NAE_ERA_R-2324_Eesti_Vabariigi_Pohiseaduslik_Assamblee, lk 95
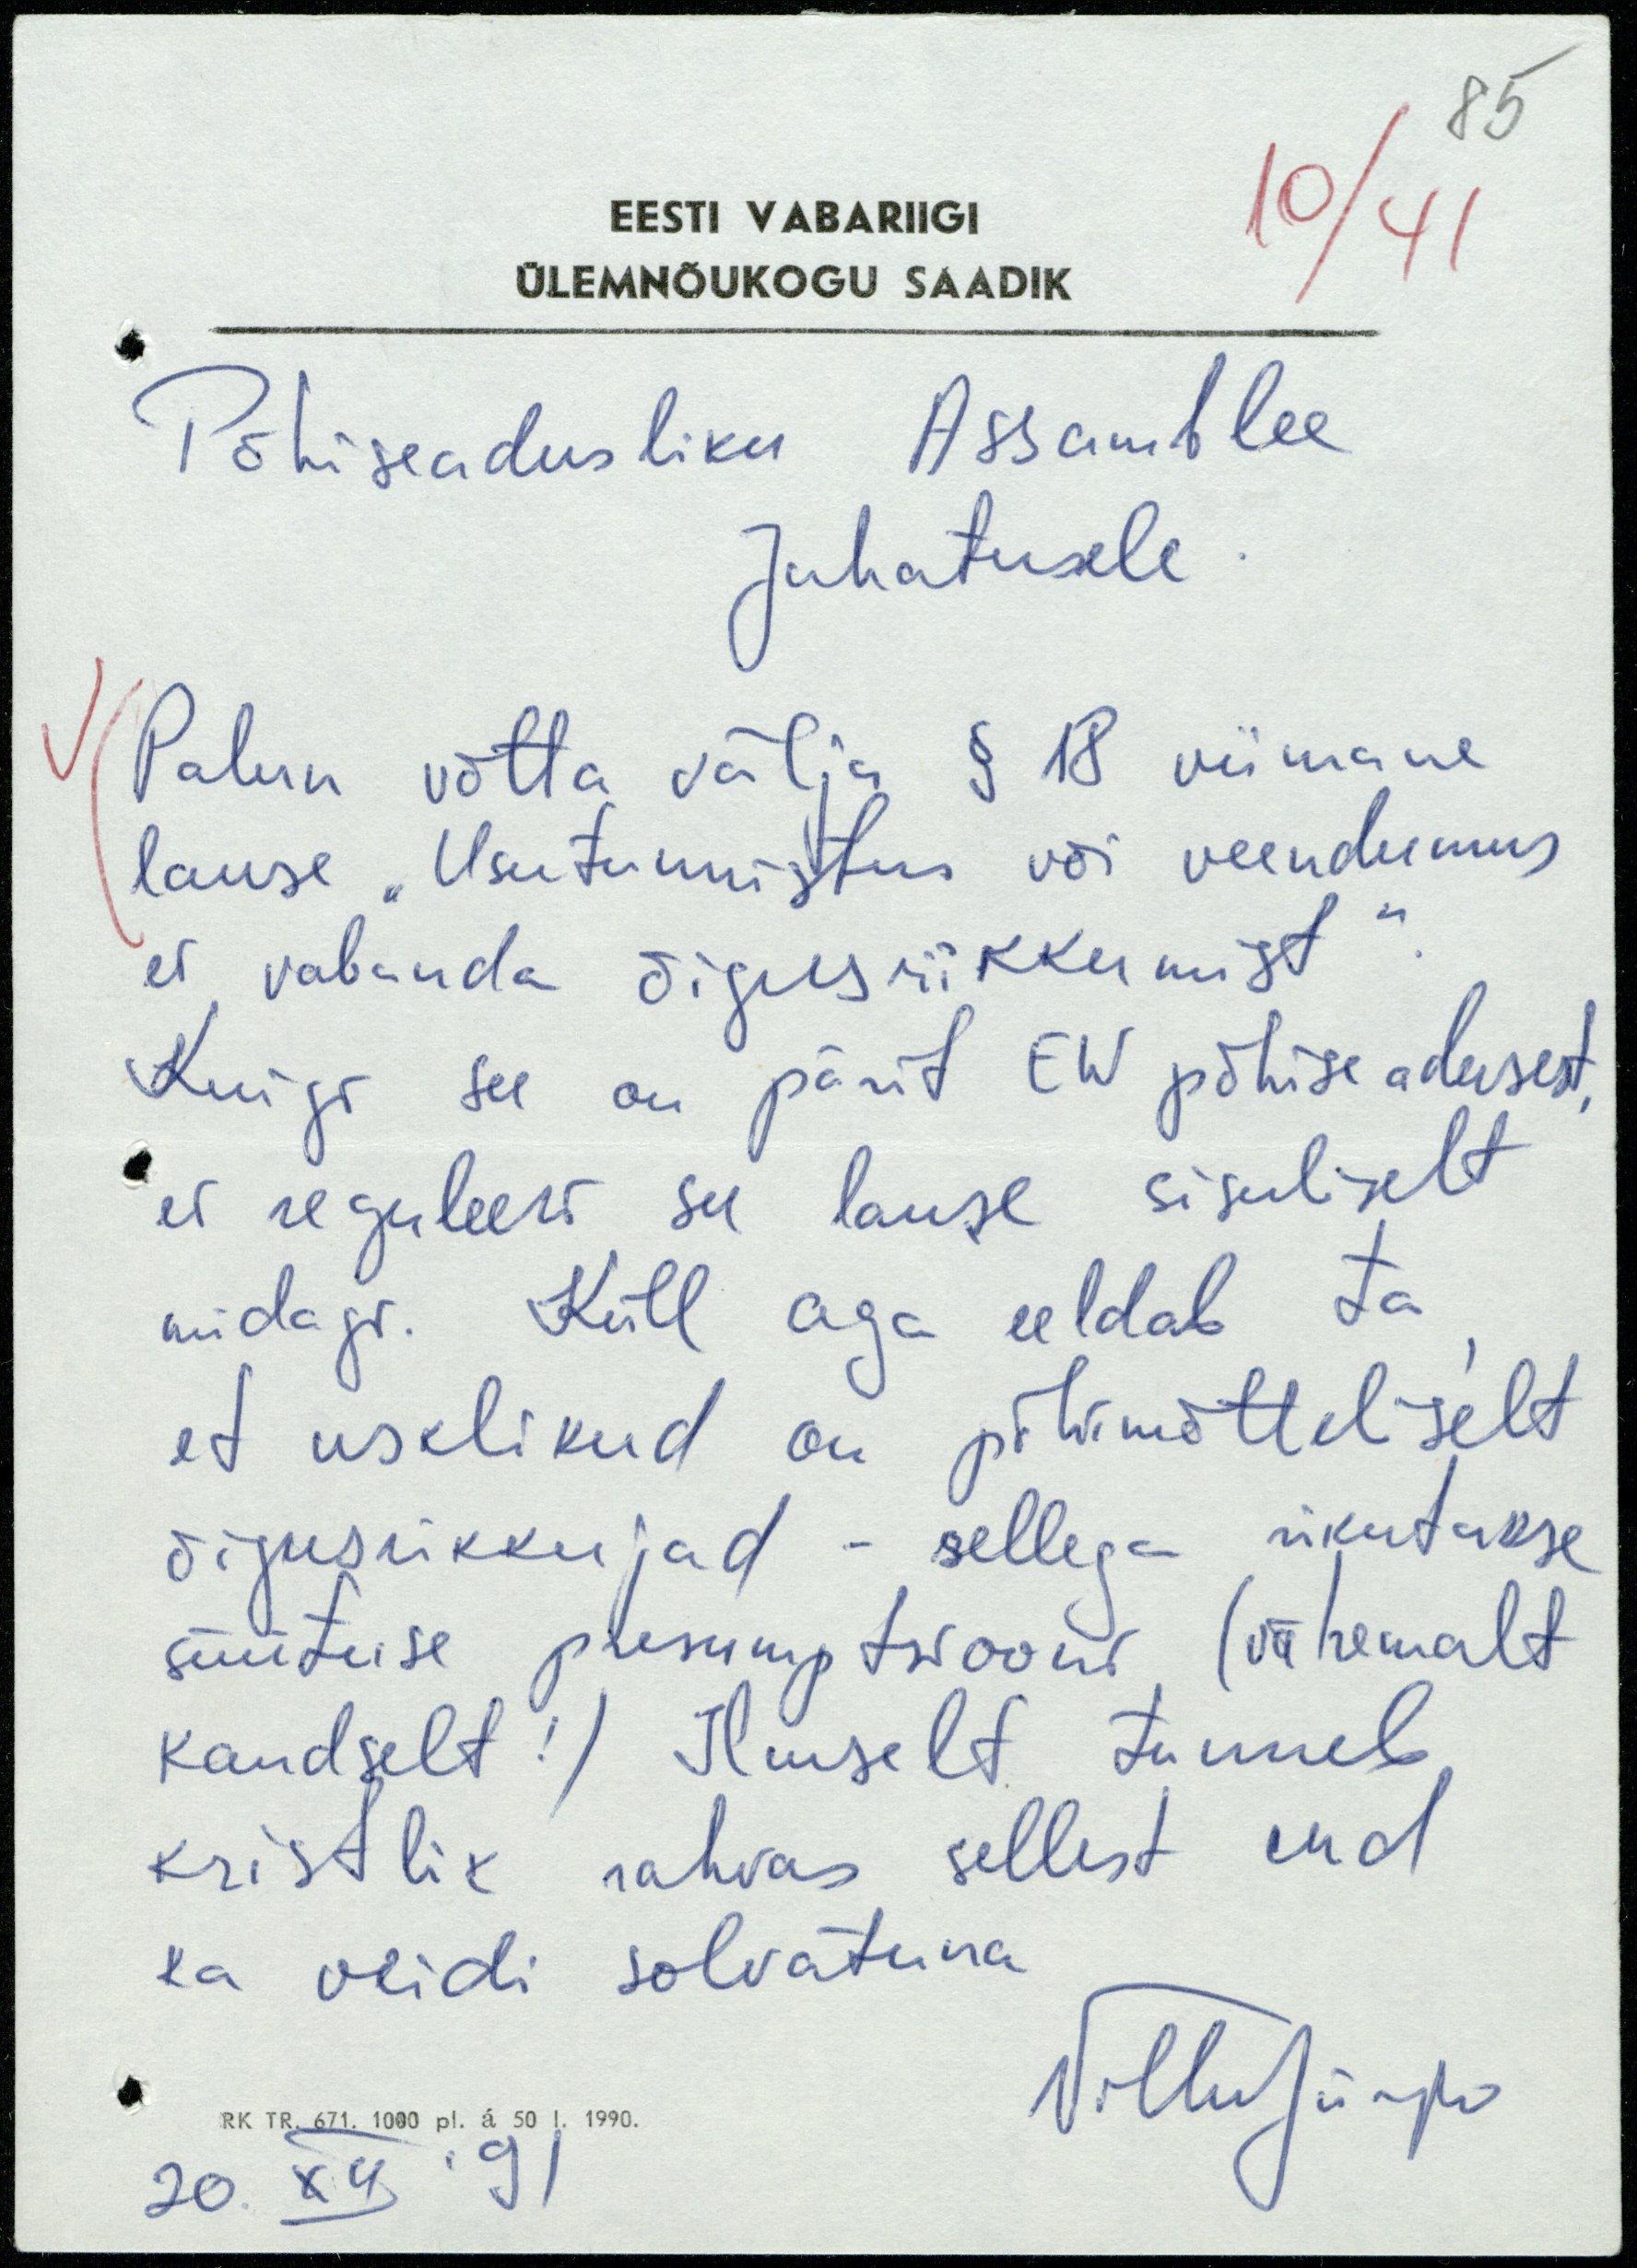
85
10/41
EESTI VABARIIGI
ÜLEMNÕUKOGU SAADIK
Põhiseadusliku Assamblee
Juhatusele
Palun võtta välja § 18 viimane
lause "Usutunnistus või veendumus
ei vabanda õigusrikkumist".
Kuigi see on pärit EW põhiseadusest,
ei reguleeri see lause sisuliselt
midagi. Küll aga eeldab ta,
et usklikud on põhimõtteliselt
õigusrikkujad - sellega rikutakse
süütuse presumptsiooni (vähemalt
kaudselt! ) Ilmselt tunneb
kristlik rahvas sellest end
ka veidi solvatuna
VilluJürjo
RK TR. 671. 1000 pl. á 50 I. 1990.
20. XII´91